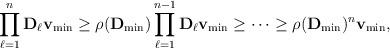
LaTeX: \begin{align*} \prod_{\ell=1}^n \mathbf{D}_\ell \mathbf{v}_{\min} \geq \rho(\mathbf{D}_{\min}) \prod_{\ell=1}^{n-1} \mathbf{D}_\ell \mathbf{v}_{\min} \geq \cdots \geq \rho(\mathbf{D}_{\min})^n\mathbf{v}_{\min},\end{align*}